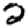
Digit: 2